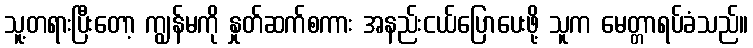
သူ့တရားပြီးတော့ ကျွန်မကို နှုတ်ဆက်စကား အနည်းငယ်ပြောပေးဖို့ သူက မေတ္တာရပ်ခံသည်။